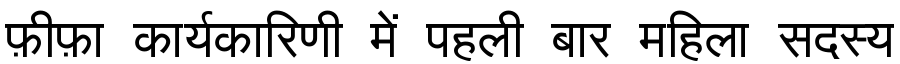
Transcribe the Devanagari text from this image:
फ़ीफ़ा कार्यकारिणी में पहली बार महिला सदस्य